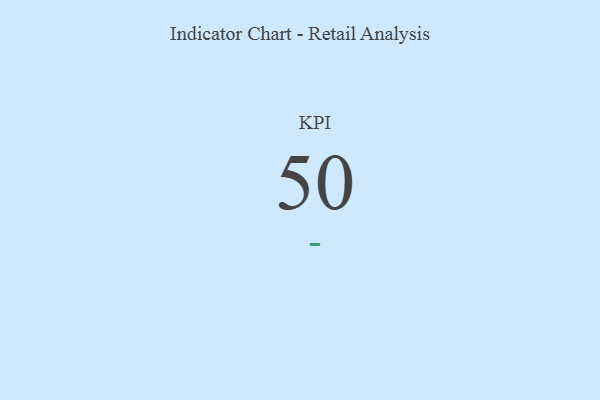
{"axis": {"x": "KPI", "y": "Value"}, "legend": [""], "data": [{"x": "KPI", "y": 50, "type": ""}]}